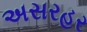
અસરહર